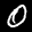
Label: 0